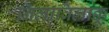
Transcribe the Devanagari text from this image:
निलाविलाक्कू